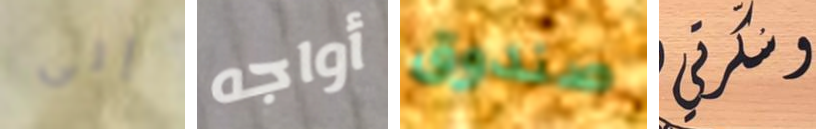
إلى أواجه صندوق سكرتي